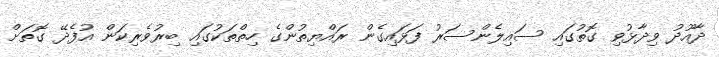
ދާއޫދު ވިދާޅުވި ގޮތުގައި ސައިލެންސަރު ފަޅައިގެން ރައްޔިތުންގެ ހިތްތަކުގައި ބިރުވެރިކަން އުފެދޭ ގޮތަށް